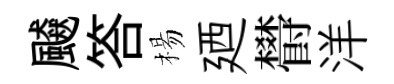
飇答楊廼欎洋